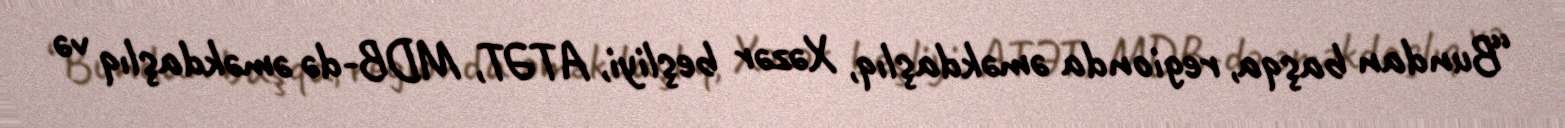
“Bundan başqa, regionda əməkdaşlıq, Xəzər beşliyi, ATƏT, MDB-də əməkdaşlıq və